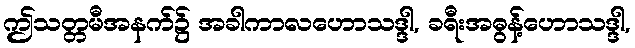
ဤသတ္တမီအနက်၌ အခါကာလဟောသဒ္ဒါ, ခရီးအဓွန့်ဟောသဒ္ဒါ,